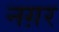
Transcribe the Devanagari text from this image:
नग़र